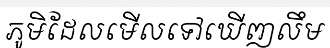
ភូមិដែលមើលទៅឃើញលឹម